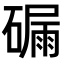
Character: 𥕟